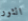
الثور